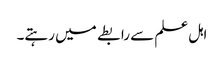
اہل علم سے رابطے میں رہتے۔